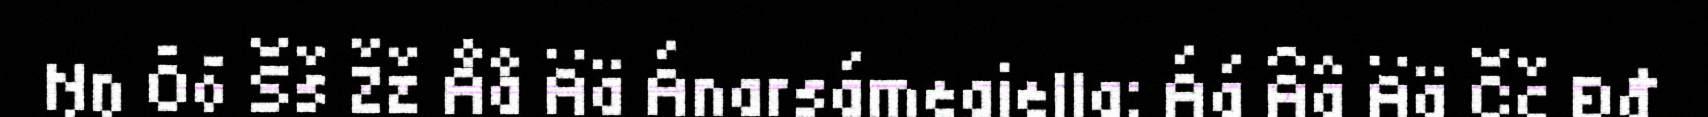
Ŋŋ Õõ Šš Žž Åå Ää Ánarsámegiella: Áá Ââ Ää Čč Đđ